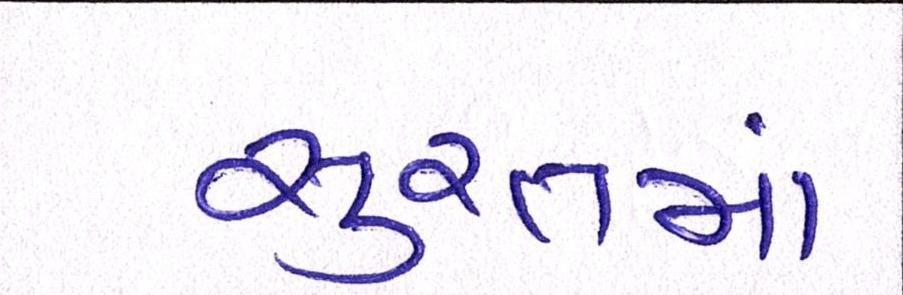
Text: સુરતનાં